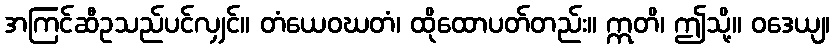
အကြင်ဆီဥသည်ပင်လျှင်။ တံယေဝဃတံ၊ ထိုထောပတ်တည်း။ ဣတိ၊ ဤသို့။ ဝဒေယျ၊